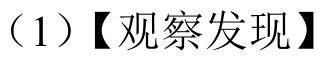
（1）【观察发现】